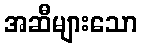
အဆီများသော